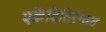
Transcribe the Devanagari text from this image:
एक्रेदितिरंग्स्रत